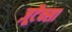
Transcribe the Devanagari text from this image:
ज़ूटैक्सा